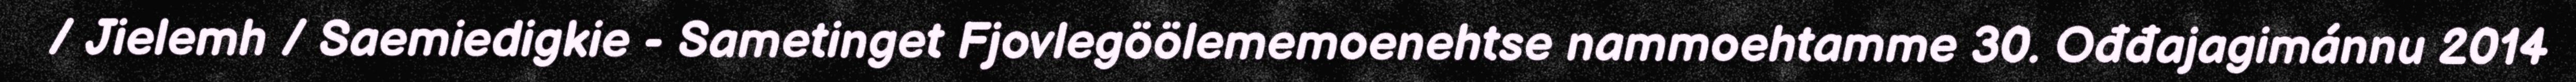
/ Jielemh / Saemiedigkie - Sametinget Fjovlegöölememoenehtse nammoehtamme 30. Ođđajagimánnu 2014